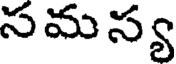
సమస్య